Insane asylums in Bengal annual reports 1876-1887 - 1876-1887
Year: 1876
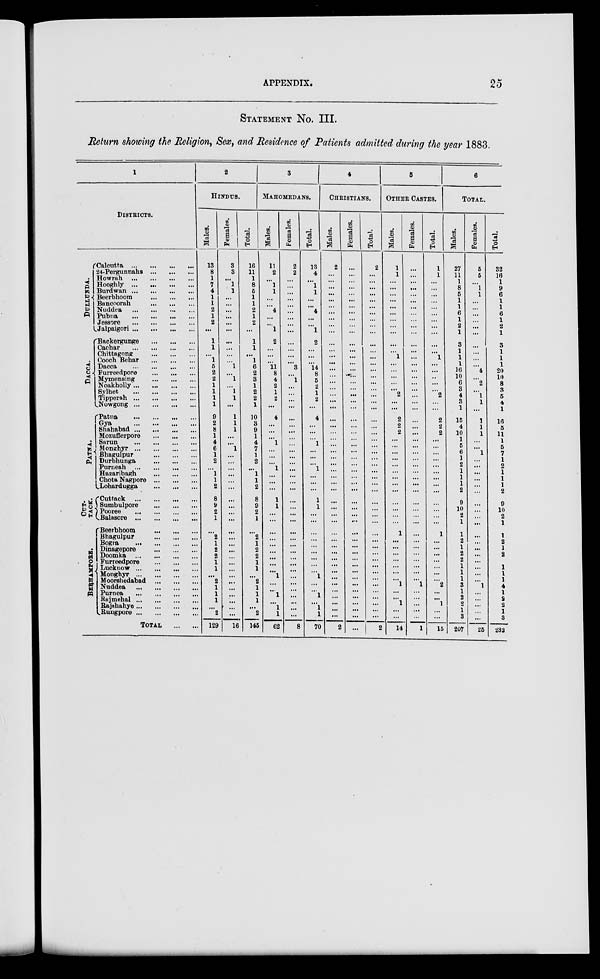
APPENDIX.
25
STATEMENT No. III.
Return showing the Religion, Sex, and Residence of Patients admitted during the year 1883.
1
DISTRICTS.
DULLANDA.
DACCA.
PATNA.
CUT—
TACK.
BERHAMPORE.
Calcutta
...
...
...
...
24-Pergunnahs ... ... ... ...
Howrah
...
...
...
...
Hooghly
...
...
...
...
Burdwan
...
...
...
...
Beerbhoom
...
...
...
Bancoorah
...
...
...
Nuddea
...
...
...
...
Pubna
...
...
...
...
Jessore
...
...
...
...
Jalpaigori ... ... ... ...
Backergunge ... ... ... ...
Cachar
...
...
...
...
Chittagong ... ... ... ...
Cooch Behar
...
...
...
Dacca
...
...
...
...
Furreedpore
...
...
...
Mymensing
...
...
...
Noakholly ... ... ... ...
Sylhet
...
...
...
...
Tipperah
...
...
...
...
Nowgong
...
...
...
...
Patna
...
...
...
...
Gya
...
...
...
...
Shahabad
...
...
...
...
Mozufferpore
...
...
...
Sarun
...
...
...
...
Monghyr
...
...
...
...
Bhagulpur
...
...
...
Durbhunga
...
...
...
Purneah
...
...
...
...
Hazaribagh
...
...
...
Chota Nagpore
...
...
...
Lohardugga
...
...
...
Cuttack
...
...
...
...
Sumbulpore
...
...
...
Pooree
...
...
...
...
Balasore
...
...
...
...
Beerbhoom
...
...
...
Bhagulpur
...
...
...
Bogra
...
...
...
...
Dinagepore
...
...
...
Doomka
...
...
...
...
Furreedpore
...
...
...
Lucknow ... ... ... ...
Monghyr
...
...
...
...
Moorshedabad
...
...
...
Nuddea
...
...
...
...
Purnea
...
...
...
...
Rajmehal ... ... ... ...
Rajshahye ... ... ... ...
Rungpore ... ... ... ...
TOTAL ... ...
2
HINDUS.
Males.
13
8
1
7
4
1
1
2
1
2
...
1
1
...
1
5
2
2
1
1
1
1
9
2
8
1
4
6
1
2
...
1
1
2
8
9
2
1
...
2
1
2
2
1
1
...
2
1
1
1
...
2
129
Females.
3
3
...
1
1
...
...
...
...
...
...
...
...
...
...
1
...
1
...
1
1
...
1
1
1
...
...
1
...
...
...
...
...
...
...
...
...
...
...
...
...
...
...
...
...
...
...
...
...
...
...
...
16
Total.
16
11
1
8
6
1
1
2
1
2
...
1
1
...
1
6
2
3
1
2
2
1
10
3
9
1
4
7
1
2
...
1
1
2
8
9
2
1
...
2
1
2
2
1
1
...
2
1
1
1
...
2
145
3
MAHOMEDANS.
Males.
11
2
...
1
1
...
...
4
...
...
1
2
...
...
...
11
8
4
2
1
2
...
4
...
...
...
1
...
... ...
1
...
...
...
1
1
...
...
...
...
...
...
...
...
...
1
...
...
1
...
1
1
62
Females.
2
2
...
...
...
...
...
...
...
...
...
...
...
...
3
...
1
...
...
...
...
...
...
...
...
...
...
...
...
...
...
...
...
...
...
...
...
...
...
...
...
...
...
...
...
...
...
...
....
...
... 8
Total.
13
4
...
1
1
...
...
4
...
...
1
2
...
...
...
14
8
5
2
1
2
...
4
...
...
...
1
...
...
...
1
...
...
...
1
1
...
...
...
...
...
...
...
...
...
1
...
...
1
...
1
1
70
4
CHRISTIANS.
Males.
2
...
...
...
...
...
...
...
...
...
...
...
...
...
...
...
...
...
...
...
...
...
...
...
...
...
...
...
...
...
...
...
...
...
...
...
...
...
...
...
...
...
...
...
...
...
...
...
...
...
...
...
2
Females.
...
...
...
...
...
...
...
...
...
...
...
...
...
...
...
...
...
...
...
...
...
...
...
...
...
...
...
...
...
...
...
...
...
...
...
...
...
...
...
...
...
...
...
...
...
...
...
...
...
...
...
...
...
Total.
2
...
...
...
...
...
...
...
...
...
...
...
...
...
...
...
...
...
...
...
...
...
...
...
...
...
...
...
...
...
...
...
...
...
...
...
...
...
...
...
...
...
...
...
...
...
...
...
...
...
...
...
2
5
OTHER CASTES.
Males.
1
1
...
...
...
...
...
...
...
...
...
...
...
1
...
...
...
...
...
2
...
...
2
2
2
...
...
...
...
...
...
...
...
...
...
...
...
...
1
...
...
...
...
...
...
...
1
...
...
1
...
...
14
Females.
...
...
...
...
...
...
...
...
...
...
...
...
...
...
...
...
...
...
...
...
...
...
...
...
...
...
...
...
...
...
...
...
...
...
...
...
...
...
...
...
...
...
...
...
...
...
1
...
...
...
...
...
1
Total.
1
1
...
...
...
...
...
...
...
...
...
...
...
1
...
...
..
...
...
2
...
...
2
2
2
...
...
...
...
...
...
...
...
...
...
...
...
...
1
...
...
...
...
...
...
...
2
...
...
1
...
...
15
6
TOTAL.
Males.
27
11
1
8
5
1
1
6
1
2
1
3
1
1
1
16
10
6
3
4
3
1
15
4
10
1
5
6
1
2
1
1
1
2
9
10
2
1
1
2
1
2
2
1
1
1
3
1
2
2
1
3
207
Females.
5
5
...
1
1
...
...
...
...
...
...
...
...
...
...
4
...
2
...
1
1
...
1
1
1
...
...
1
...
...
...
...
...
...
...
...
...
...
...
...
...
...
...
...
...
...
1
...
...
...
...
...
25
Total.
32
16
1
9
6
1
1
6
1
2
1
3
1
1
1
20
10
8
3
5
4
1
16
5
11
1
5
7
1
2
1
1
1
2
9
10
2
1
1
2
1
2
2
1
1
1
4
1
2
2
1
3
232